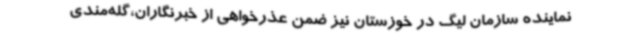
نماینده سازمان لیگ در خوزستان نیز ضمن عذرخواهی از خبرنگاران،گله‌مندی